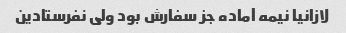
لازانیا نیمه آماده جز سفارش بود ولی نفرستادین